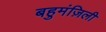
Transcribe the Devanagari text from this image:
बहुमंज़िली